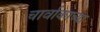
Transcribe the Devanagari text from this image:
चार्वाकाच्या